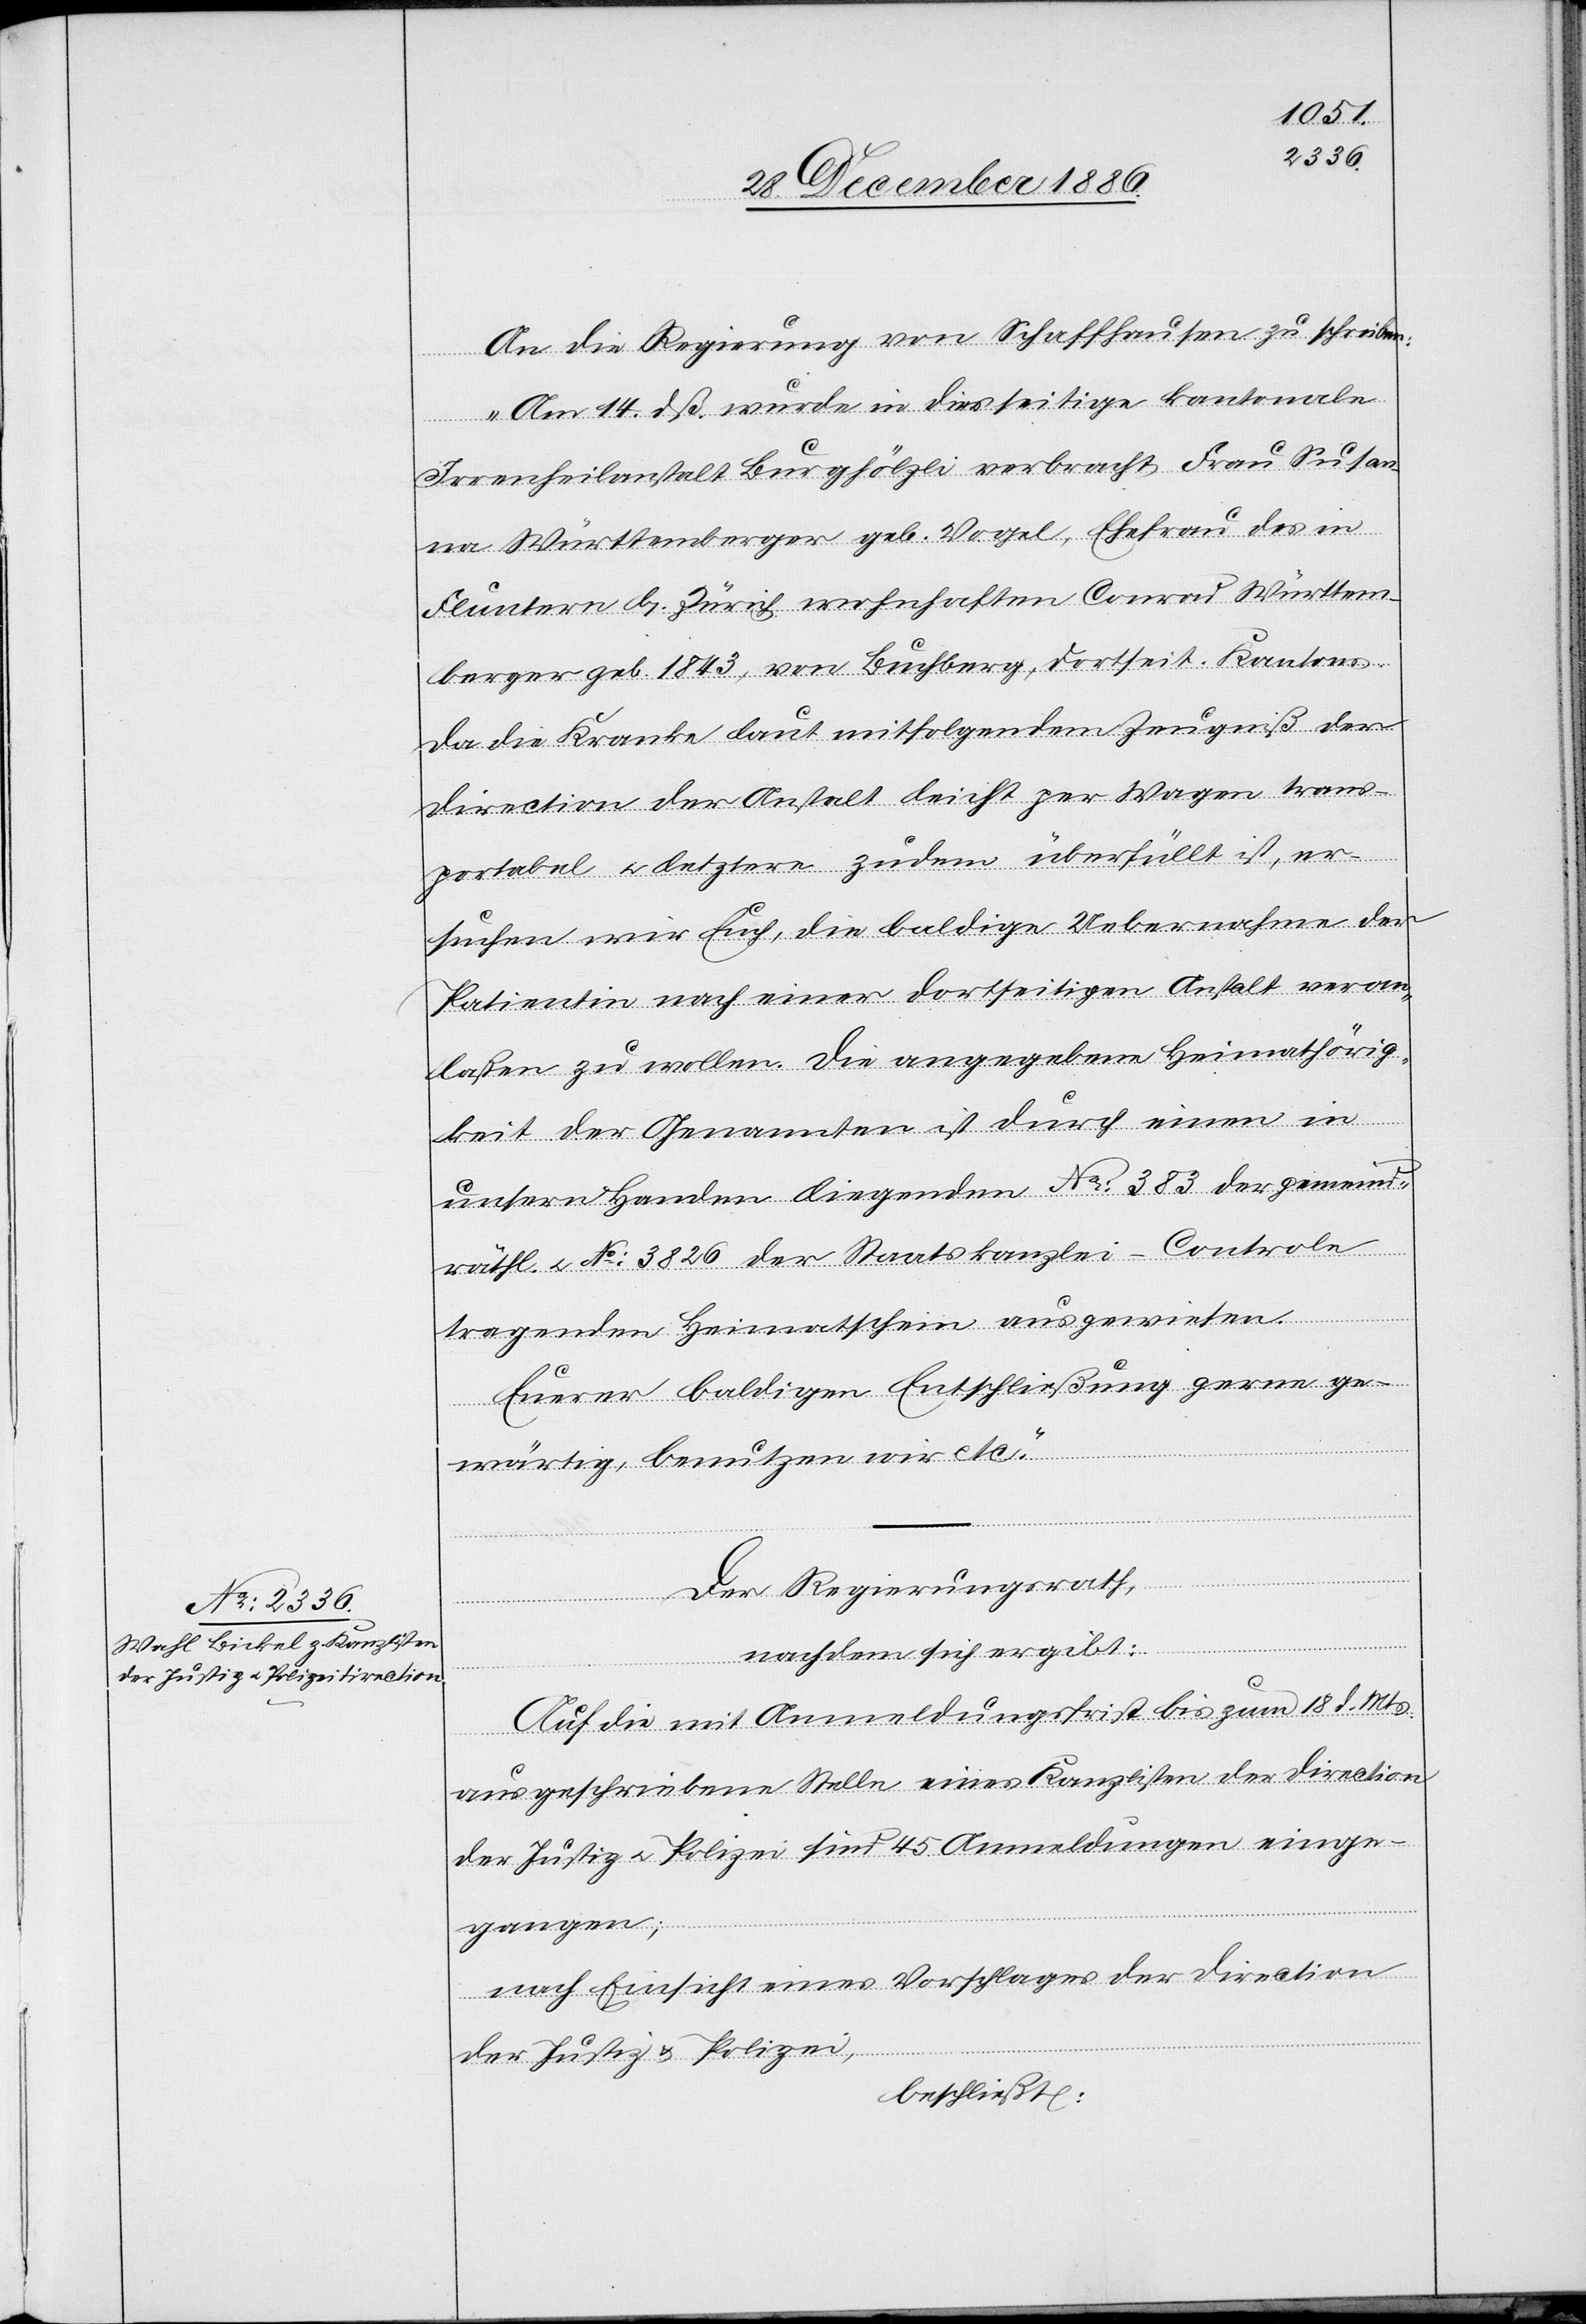
An die Regierung von Schaffhausen zu schreiben:
„Am 14. dß. wurde in diesseitige kantonale
Irrenheilanstalt Burghölzli verbracht Frau Susan¬
na Württemberger geb. Vogel, Ehefrau des in
Fluntern b. Zürich wohnhaften Conrad Württem¬
berger geb. 1843, von Buchberg, dortseit. Kantons,
da die Kranke laut mitfolgendem Zeugniß der
Direction der Anstalt leicht per Wagen trans¬
portabel & letztere zudem überfüllt ist, er¬
suchen wir Euch, die baldige Uebernahme der
Patientin nach einer dortseitigen Anstalt veran¬
laßen zu wollen. Die angegebene Heimathörig¬
keit der Genannten ist durch einen in
unsern Handen liegenden No: 383 der gemeind¬
räthl. & No: 3826 der Staatskanzlei-Controle
tragenden Heimatschein ausgewiesen.
Euerer baldigen Entschließung gerne ge¬
wärtig, benutzen wir etc.“
Der Regierungsrath,
nachdem sich ergibt:
Auf die mit Anmeldungsfrist bis zum 18. d. Mts.
ausgeschriebene Stelle eines Kanzlisten der Direction
der Justiz & Polizei sind 45 Anmeldungen einge¬
gangen;
nach Einsicht eines Vorschlages der Direction
der Justiz & Polizei,
beschließt: